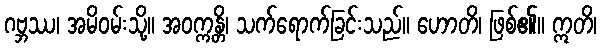
ဂဗ္ဘဿ၊ အမိဝမ်းသို့။ အဝက္ကန္တိ၊ သက်ရောက်ခြင်းသည်။ ဟောတိ၊ ဖြစ်၏။ ဣတိ၊